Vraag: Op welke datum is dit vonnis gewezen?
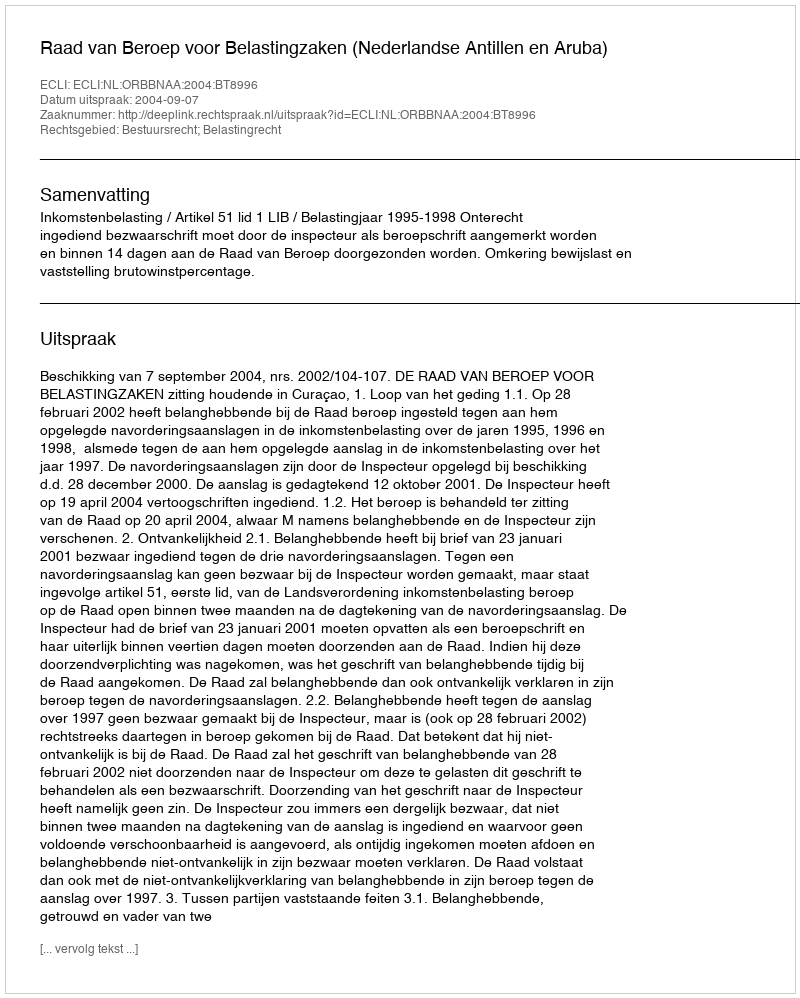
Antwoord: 2004-09-07